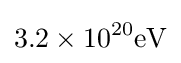
3.2\times 10^{20}{\text{eV}}